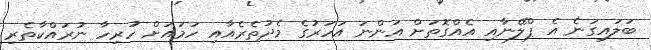
ބަލައިގަނެ އެ ޕްލޭނާއި އެއްގޮތަށް އަންނަ އަހަރުގެ މެދުތެރެއާއި ހަމައަށް ހުރިހާ ނުރައްކާތެރި